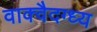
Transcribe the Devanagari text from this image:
वाक्वैदग्ध्य